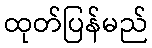
ထုတ်ပြန်မည်